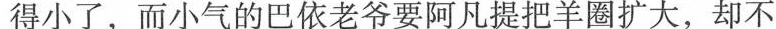
得小了，而小气的巴依老爷要阿凡提把羊圈扩大，却不